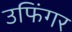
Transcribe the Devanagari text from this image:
उफिंगर